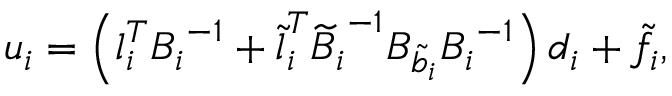
u _ { i } = \left( \boldsymbol { l } _ { i } ^ { T } { \boldsymbol { B } _ { i } } ^ { - 1 } + \boldsymbol { \widetilde { l } } _ { i } ^ { T } { \boldsymbol { { \widetilde { B } } } _ { i } } ^ { - 1 } { \boldsymbol { { B } } _ { \tilde { b } _ { i } } } { \boldsymbol { { B } } _ { i } } ^ { - 1 } \right) \boldsymbol { d } _ { i } + \tilde { f } _ { i } ,